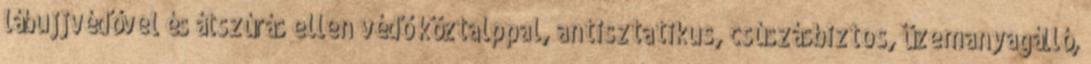
lábujjvédővel és átszúrás ellen védő köztalppal, antisztatikus, csúszásbiztos, üzemanyagálló,